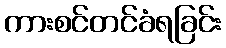
ကားစင်တင်ခံရခြင်း